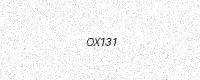
Text: OX131